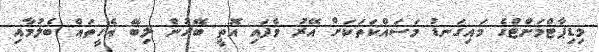
މިޑިޕާޓްމަންޓްގެ މައިގަނޑު މަސައްކަތަކަށް އޭރު ވެފައި އޮތީ ބޭރުން ލިބޭ އެހީތައް ބެލުމާއި